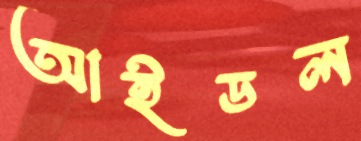
আইডল